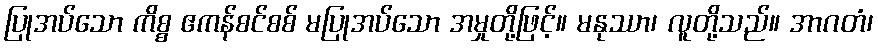
ပြုအပ်သော ကိစ္စ ဧကန်စင်စစ် မပြုအပ်သော အမှုတို့ဖြင့်။ မနုဿာ၊ လူတို့သည်။ အာဂတံ၊